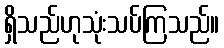
ရှိသည်ဟုသုံးသပ်ကြသည်။